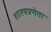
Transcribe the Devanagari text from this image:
शास्त्रप्रणेता